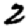
Digit: 2